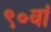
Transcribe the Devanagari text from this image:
९०वां